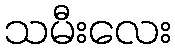
သမီးလေး